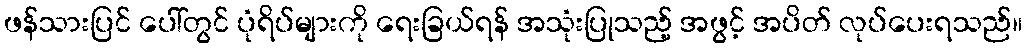
ဖန်သားပြင် ပေါ်တွင် ပုံရိပ်များကို ရေးခြယ်ရန် အသုံးပြုသည့် အဖွင့် အပိတ် လုပ်ပေးရသည်။